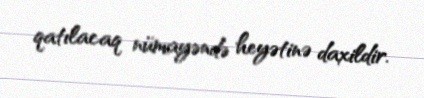
qatılacaq nümayəndə heyətinə daxildir.